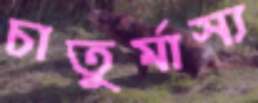
চাতুর্মাস্য